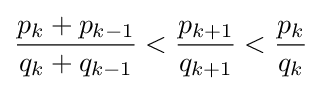
{\frac {p_{k}+p_{k-1}}{q_{k}+q_{k-1}}}<{\frac {p_{k+1}}{q_{k+1}}}<{\frac {p_{k}}{q_{k}}}